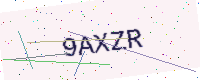
Text: 9AXZR